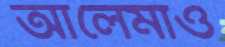
আলেমাও